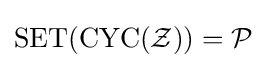
\operatorname {SET} (\operatorname {CYC} ({\mathcal {Z}}))={\mathcal {P}}